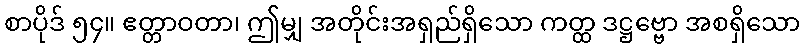
စာပိုဒ် ၅၄။ ဧတ္တာဝတာ၊ ဤမျှ အတိုင်းအရှည်ရှိသော ကတ္ထ ဒဋ္ဌဗ္ဗော အစရှိသော